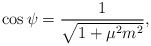
\begin{align*}\cos\psi=\frac{1}{\sqrt{1+\mu^2m^2}},\end{align*}